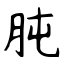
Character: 肫